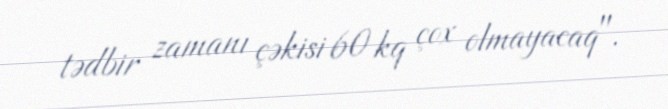
tədbir zamanı çəkisi 60 kq çox olmayacaq".